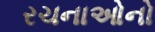
રચનાઓનો